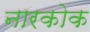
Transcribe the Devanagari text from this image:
नारकोक